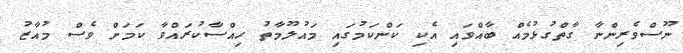
ނޫސްވެރިންނާ ގާތްގުޅުމެއް ބާއްވައި އެކި ކަންކަމުގައި މައުލޫމާތު ހިއްސާކުރައްވާ ކަމަށް ވެސް މުއާޒު